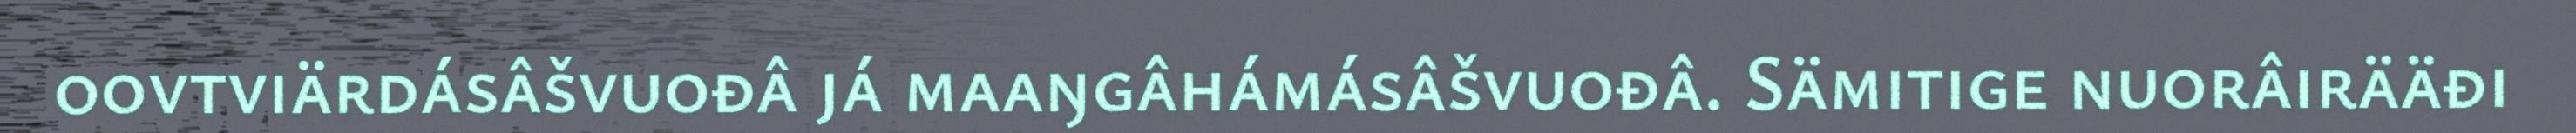
oovtviärdásâšvuođâ já maaŋgâhámásâšvuođâ. Sämitige nuorâirääđi